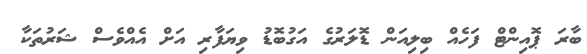
ބާރަ ޕޮއިންޓް ފަހެއް ބިލިއަން ޑޮލަރުގެ އަގުބޮޑު ވިޔަފާރި އަށް އެއްވެސް ޝަރުތަކާ